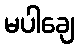
မပါချေ